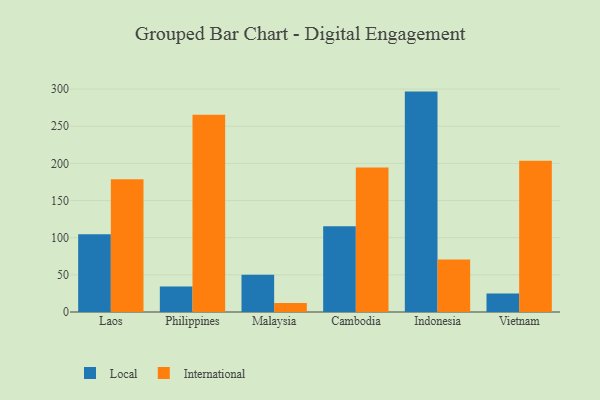
{"axis": {"x": "Country", "y": "Satisfaction Score"}, "legend": ["International", "Local"], "data": [{"x": "Laos", "y": 104.6, "type": "Local"}, {"x": "Laos", "y": 178.6, "type": "International"}, {"x": "Philippines", "y": 34.2, "type": "Local"}, {"x": "Philippines", "y": 265.5, "type": "International"}, {"x": "Malaysia", "y": 50.0, "type": "Local"}, {"x": "Malaysia", "y": 12.1, "type": "International"}, {"x": "Cambodia", "y": 115.3, "type": "Local"}, {"x": "Cambodia", "y": 194.5, "type": "International"}, {"x": "Indonesia", "y": 296.6, "type": "Local"}, {"x": "Indonesia", "y": 70.8, "type": "International"}, {"x": "Vietnam", "y": 24.8, "type": "Local"}, {"x": "Vietnam", "y": 203.6, "type": "International"}]}